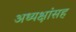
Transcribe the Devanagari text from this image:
अध्यक्षांसह